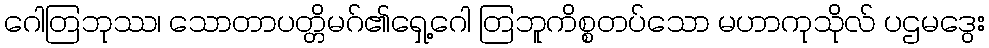
ဂေါတြဘုဿ၊ သောတာပတ္တိမဂ်၏ရှေ့ဂေါ တြဘူကိစ္စတပ်သော မဟာကုသိုလ် ပဌမဒွေး